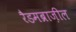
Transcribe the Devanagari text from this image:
रैडमब्राज़ील